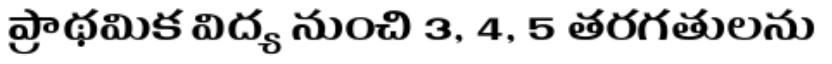
ప్రాథమిక విద్య నుంచి 3, 4, 5 తరగతులను